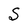
Character: S